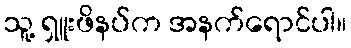
သူ့ ရှူးဖိနပ်က အနက်ရောင်ပါ။